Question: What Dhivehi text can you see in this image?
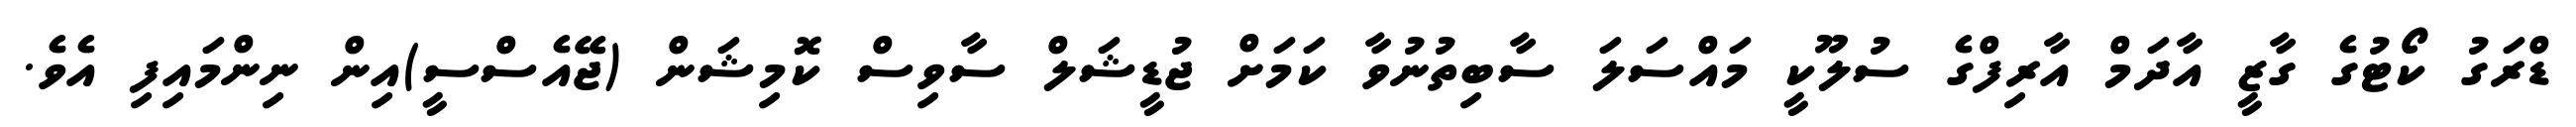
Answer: ޑްރަގު ކޯޓުގެ ގާޒީ އާދަމް އާރިފްގެ ސުލޫކީ މައްސަލަ ސާބިތުނުވާ ކަމަށް ޖުޑީޝަލް ސާވިސް ކޮމިޝަން (ޖޭއެސްސީ)އިން ނިންމައިފި އެވެ.